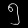
Digit: ၅